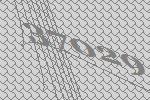
37029